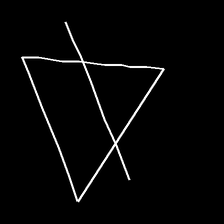
Glyph: empower